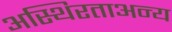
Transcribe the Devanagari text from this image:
अस्थिरताअन्य